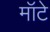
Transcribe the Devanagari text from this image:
मॉटे